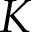
K